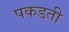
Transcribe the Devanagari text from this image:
पकडती